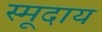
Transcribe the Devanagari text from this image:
स्मूदाय